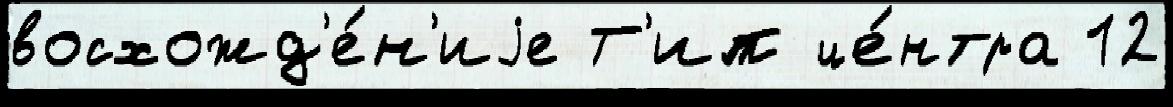
восхожд'е́н'иjе Т'ип це́нтра 12